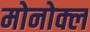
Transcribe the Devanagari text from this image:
मोनोक्ल